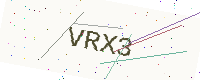
Text: VRX3